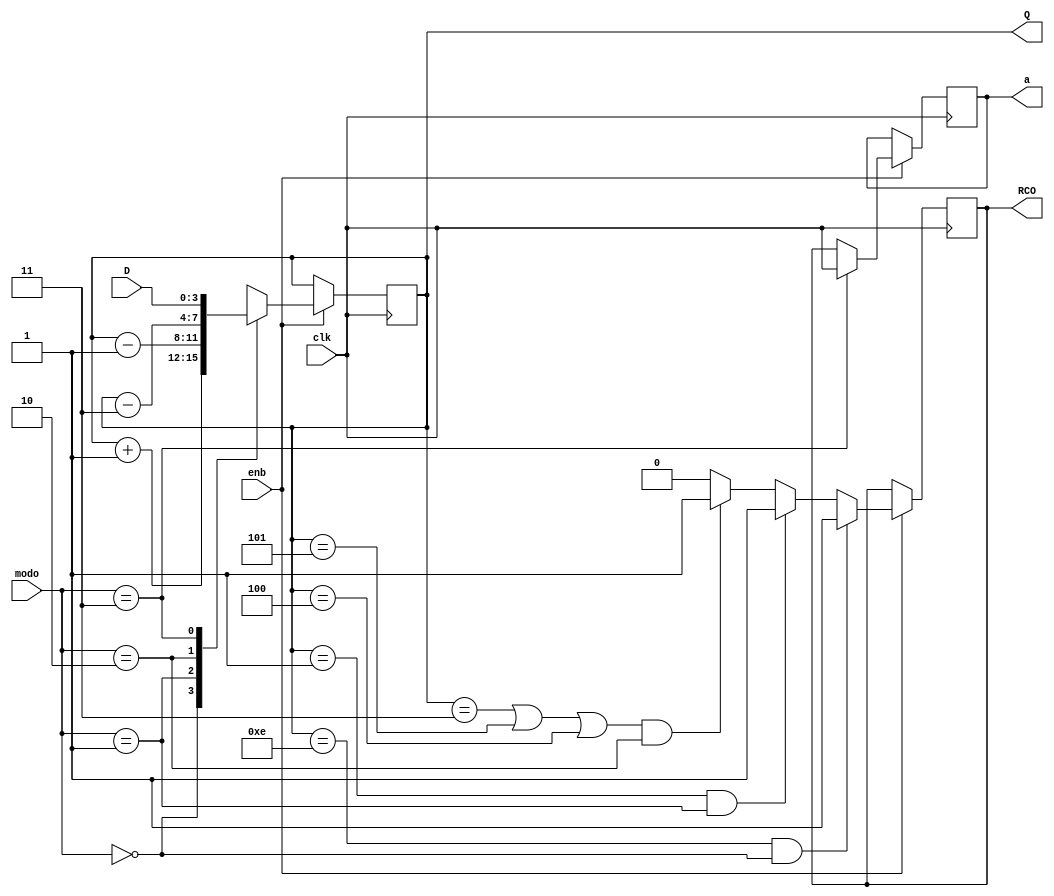
module tarea12    (  
    
    Q ,//output del estado del contador
    RCO,// Ripple-Carry Out
    a,//variable auxiliar
    clk, //clock del modulo
    enb,  // enable del contador
    modo,  // input modo
    D //input de datos
 );

  //------------Inputs--------------
    input enb, clk;
    input [3:0] D;
    input [1:0] modo;
  //----------Outputs--------------
    output reg [3:0] Q ; 
    output reg RCO;
    output reg a;
    
  //usar case/switch para los 4 casos para modo
  

  
always @(posedge clk)begin
  if (enb) begin
    //usar case casos del contador
        
        case (modo)
          2'b00: Q <= Q+1; //counter positivo +1
          2'b01: Q <= Q-1; //counter negativo -1
          2'b10: Q <= Q-3; //counter negativo de 3 en 3
          2'b11: Q <= D; //counter paralelo de su entrada D 
          default: Q <= Q;
        endcase
        
      //implementacion de una salida a para los demas contadores en paralelo para poder inicializarlos como modo 1 
      //ya que a puede ser RCO o clk dependiendo del modo de los contadores
      
      if(modo == 2'b11)
        begin
          a <= clk;
        end
      else begin 
          a <= RCO;
      end

  //  modo1
 

    
      if(Q == 4'b1110 && modo == 2'b00 ) begin //cuenta ascendente +1

          RCO = 1'b1; // RCO = 1 si se rebasa la cuenta ascendente

      end else begin

          if(Q == 4'b0001 && modo == 2'b01 ) begin //cuenta descendente -1

            RCO = 1'b1;// RCO = 1 si se rebasa la cuenta descendente

          end else begin
          
            //se presenta 3 casos cuando se da el RCO = 1, como se tiene un retardo a la hora de tomar RCO como 1, se usan condiciones antes de la condicion real
            // ejemplo caso cuando Q=0000, para este caso se haria if(Q == 4'b0011) ya que por el retardo cuando Q =0000 no lo toma como RCO = 1 

            if((Q == 4'b0011 || Q == 4'b0101 || Q == 4'b0100) && modo == 2'b10) begin //cuenta descendente -3

              RCO = 1'b1;// RCO = 1 si se rebasa la cuenta descendente -3 (casos 0,1,2)

              

            end else begin 
              RCO = 1'b0;
            end
          
          end 


      end
  
  end


end


endmodule